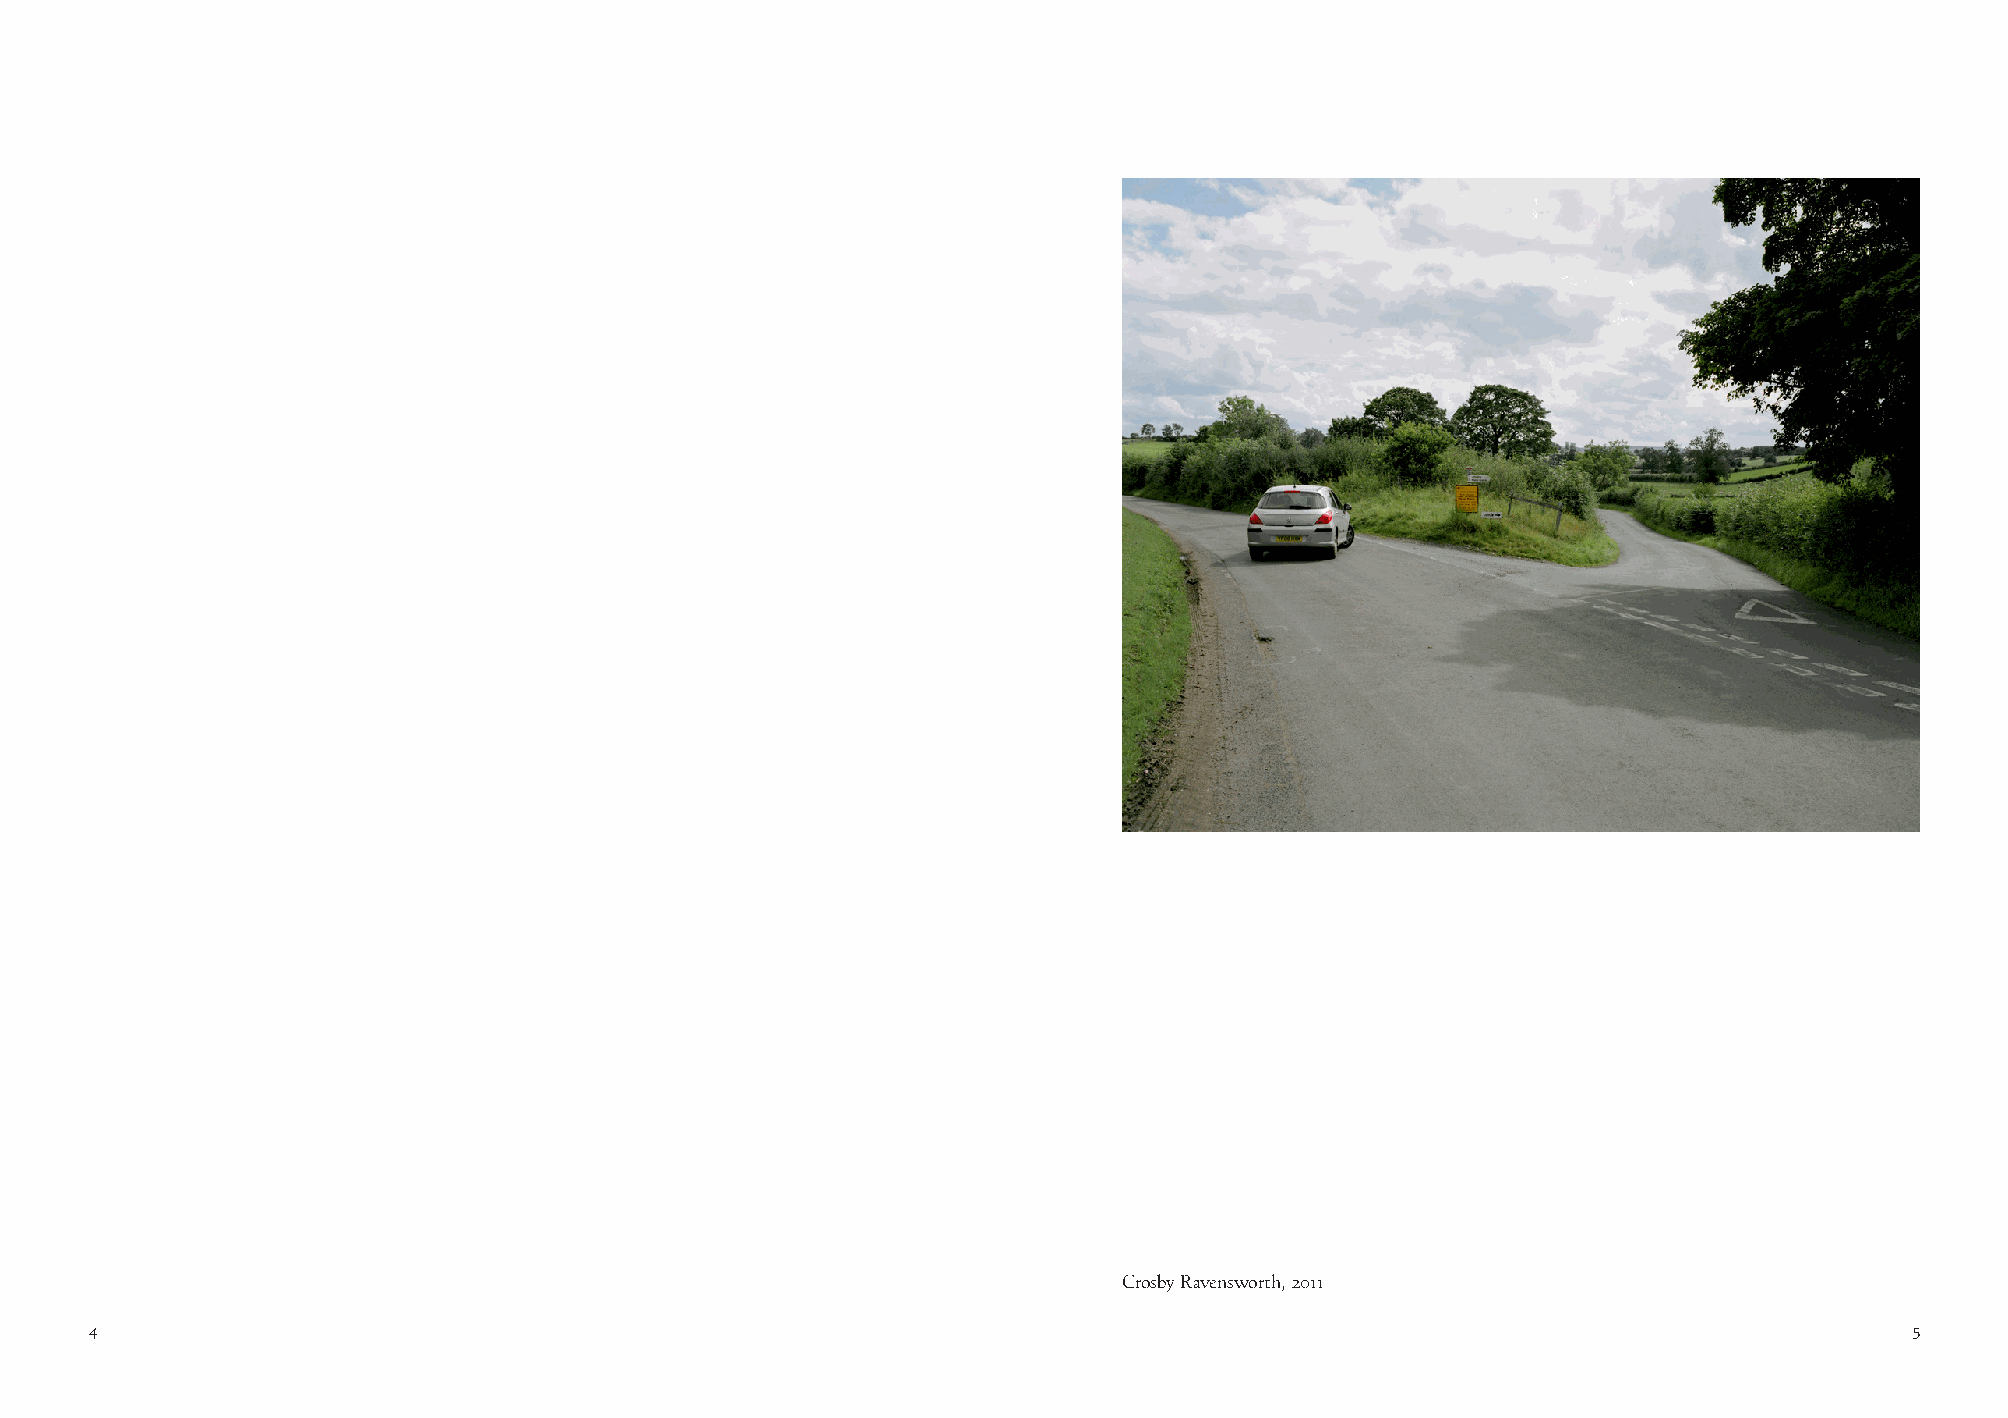
Crosby Ravensworth, 2011
 4                                                                                                                        5